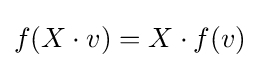
f(X\cdot v)=X\cdot f(v)